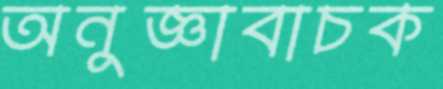
অনুজ্ঞাবাচক